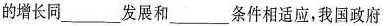
的增长同___发展和___条件相适应，我国政府